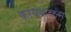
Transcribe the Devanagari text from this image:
कायंकुळम